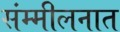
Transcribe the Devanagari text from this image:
संम्मीलनात